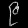
Digit: ၉